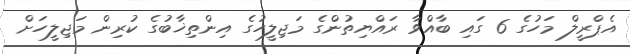
އެޕްރީލް މަހުގެ 6 ގައި ބާއްވާ ރައްޔިތުންގެ މަޖިލީހުގެ އިންތިޚާބުގެ ކުރިން މަޖިލީހަށް